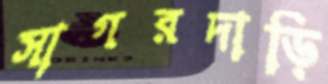
সাগরদাড়ি